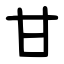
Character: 甘